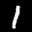
Label: 1